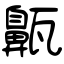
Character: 齀